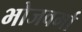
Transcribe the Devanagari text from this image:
भोजवर्मा